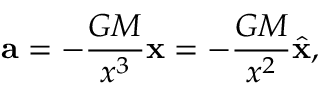
\mathbf { a } = - { \frac { G M } { x ^ { 3 } } } \mathbf { x } = - { \frac { G M } { x ^ { 2 } } } { \hat { \mathbf { x } } } ,